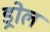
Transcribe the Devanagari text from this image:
ड्रोल